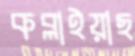
কব্‌লাইয়াছ